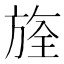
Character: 𣄀